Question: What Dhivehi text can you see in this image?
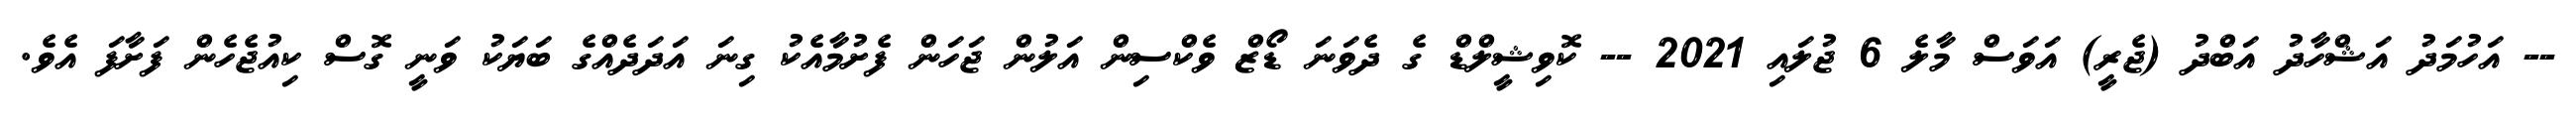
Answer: -- އަހުމަދު އަޝްހާދު އަބްދު (ޖެރީ) އަވަސް މާލެ 6 ޖުލައި 2021 -- ކޮވިޝީލްޑް ގެ ދެވަނަ ޑޯޒް ވެކްސިން އަލުން ޖަހަން ފެށުމާއެކު ގިނަ އަދަދެއްގެ ބަޔަކު ވަނީ ގޮސް ކިއުޖެހެން ފަށާފަ އެވެ.